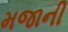
મજાની